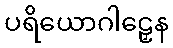
ပရိယောဂါဠှေန